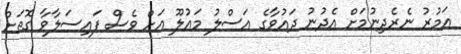
އަމުރު ނެރެދިނުމަށް އެދުނު ދައުވާގެ އަސްލު މައުލޫ އަށް ވެސް ފައިސަލާވާ ގޮތަށް